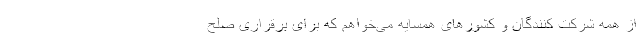
از همه شرکت کنندگان و کشورهای همسایه می‌خواهم که برای برقراری صلح